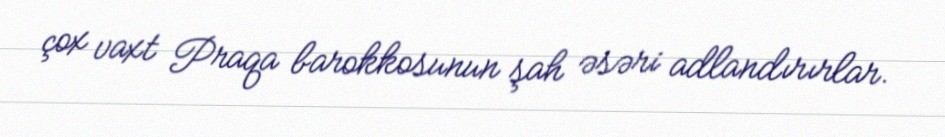
çox vaxt Praqa barokkosunun şah əsəri adlandırırlar.